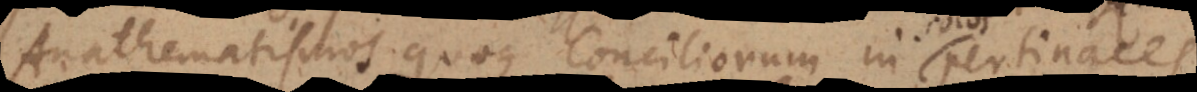
Anathematismos quoque Conciliorum in pertinaces